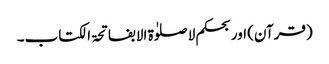
(قرآن) اور بحکم لا صلوٰۃ الا بفاتحۃ الکتاب۔